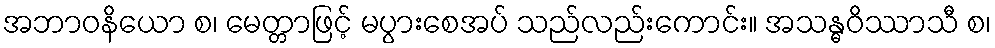
အဘာဝနိယော စ၊ မေတ္တာဖြင့် မပွားစေအပ် သည်လည်းကောင်း။ အသန္ဓဝိဿာသီ စ၊